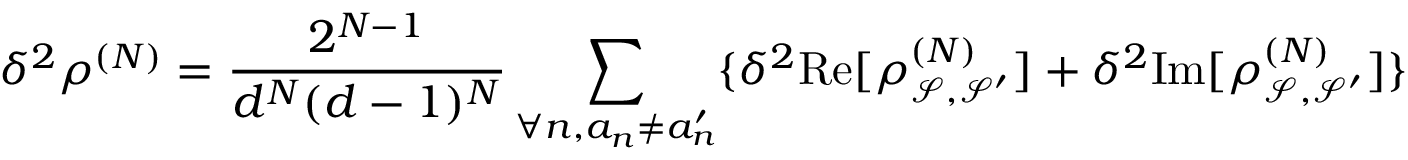
\delta ^ { 2 } \rho ^ { ( N ) } = \frac { 2 ^ { N - 1 } } { d ^ { N } ( d - 1 ) ^ { N } } \sum _ { \forall n , a _ { n } \neq a _ { n } ^ { \prime } } \{ \delta ^ { 2 } \mathrm { R e } [ \rho _ { \mathcal { S } , \mathcal { S } ^ { \prime } } ^ { ( N ) } ] + \delta ^ { 2 } \mathrm { I m } [ \rho _ { \mathcal { S } , \mathcal { S } ^ { \prime } } ^ { ( N ) } ] \}